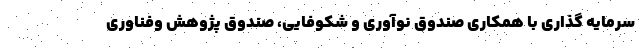
سرمایه گذاری با همکاری صندوق نوآوری و شکوفایی، صندوق پژوهش وفناوری